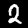
Label: 2